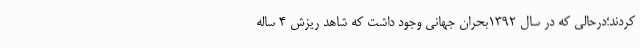
کردند؛درحالی که در سال 1392بحران جهانی وجود داشت که شاهد ریزش 4 ساله